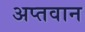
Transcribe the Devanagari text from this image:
अप्तवान